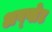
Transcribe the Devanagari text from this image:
अप्प्लेट